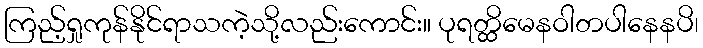
ကြည့်ရှုကုန်နိုင်ရာသကဲ့သို့လည်းကောင်း။ ပုရတ္ထိမေနဝါတပါနေနပိ၊